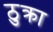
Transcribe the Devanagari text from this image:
ठुक्रा